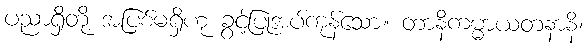
ပညာရှိတို့ အပြစ်မရှိဟု ခွင့်ပြုအပ်ကုန်သော။ တာနိကမ္မာယတနာနိ၊